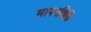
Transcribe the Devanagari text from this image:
मापनविधि